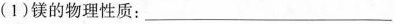
(1)镁的物理性质：___